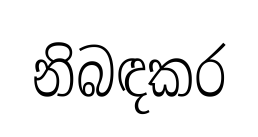
නිබඳකර